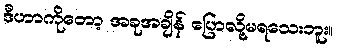
ဒီဟာကိုတော့ အခုအချိန် ပြောလို့မရသေးဘူး။